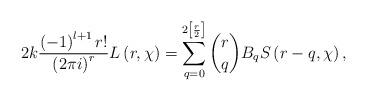
LaTeX: \begin{align*}2k\frac{\left( -1\right) ^{l+1}r!}{\left( 2\pi i\right) ^{r}}L\left(r,\chi\right) =\sum\limits_{q=0}^{2\left[ \frac{r}{2}\right] }\binom{r}{q}B_{q}S\left( r-q,\chi\right) ,\end{align*}